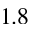
1 . 8